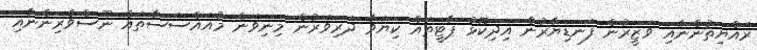
ރައްޔިތުންނާއި ވަޒީރުން ފަނޑިޔާރުން އިދިކޮޅު ޕާޓީތައް ކިޔަވާ ދަރިވަރުން މިނިވަން މުއައްސަސާތައް ނޫސްވެރިންނާއި